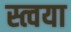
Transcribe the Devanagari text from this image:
स्त्वया